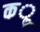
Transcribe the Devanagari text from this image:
कॢ